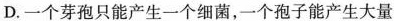
D.一个芽孢只能产生一个细菌，一个孢子能产生大量